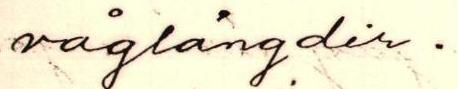
våglängdir.